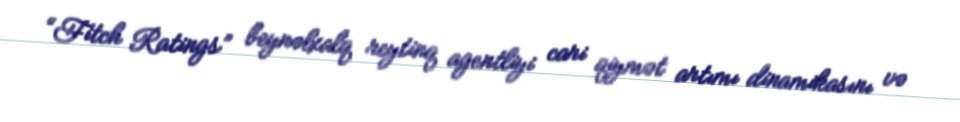
“Fitch Ratings” beynəlxalq reytinq agentliyi cari qiymət artımı dinamikasını və